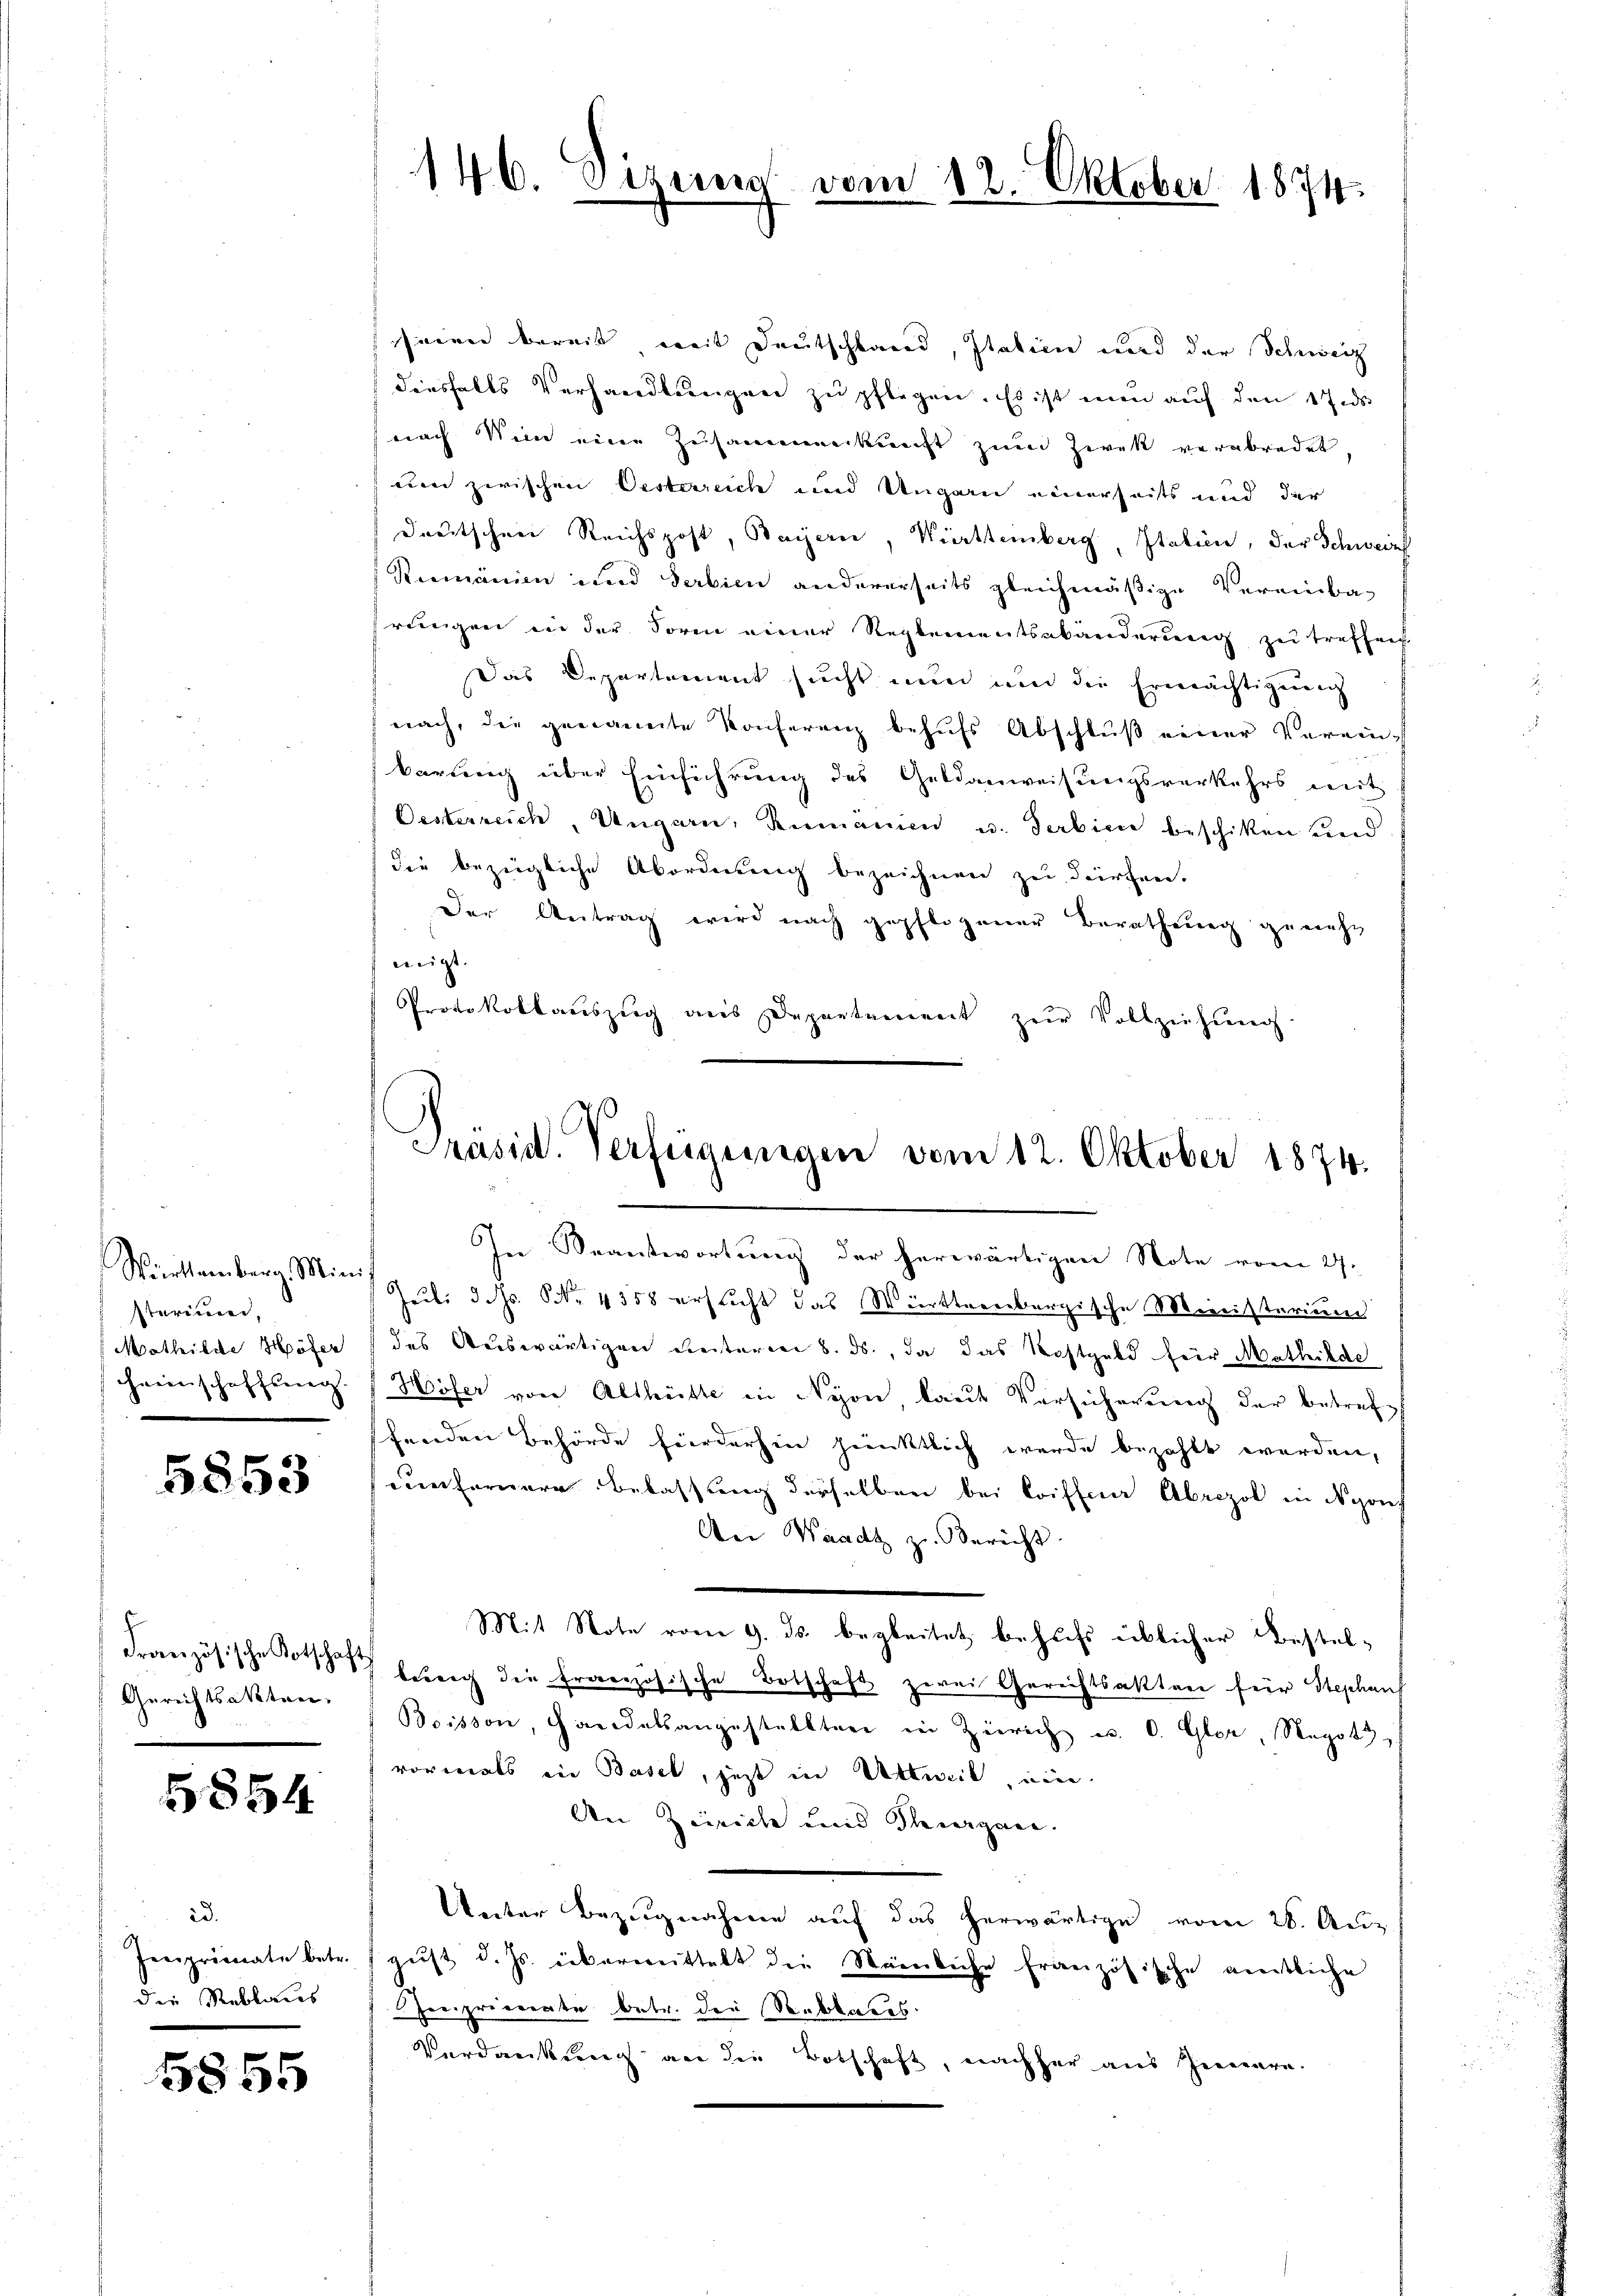
Württemberg. Min
sterium,
Mathilde Höfer
heimschaffung

5853

Französische Botschaft
Gerichtsakten.

5854

2d.
Peeprivate betr.
die Reblaus

5855

146. Vizer

vom 12. Oktober 1874.

seien bereit, weit Deutschland, Italien und der Schweiz
diesfalls Verhandlungen zu pflegen. Es ist nun auf den 1 und
nach Vin eine Zusammenkunft zum Zwek verabredet
em zwischen Oesterreich und Ungarn einerseits und der
drutschen Reichspost, Baiern, Württemberg, Italien, der Schweiz
Rumänien und Serbien andererseits gleichmäßige Vereinba-
frungen in der Sorm einer Reglementsabänderung zu treffen
Das Departement sucht nun und die Ermächtigung
nach, die genannte Konferenz behŭfs Abschlŭβ einer Verein-
barung über Einführung des Geldanweisungsverkehrs mit
Oesterreich, Ungarn, Rumanien u. darbien beschiken und
die bezügliche Abordnung bezeichnen zu dürfen.
Der Antrag wird nach gepflogener Berathung genehm
neigt.
Protokollauszug aus Departement zur Vollziehŭng

Präsid. Verfügungen vom 12. Oktober 1874.

In Beantwortung der herwärtigen Note vom 27.
Juli d. Js. No. 4358 ersucht das Württernbergische Ministerium
des Auswärtigen unterren 8. ds., da das Kostgeld für Mathilde
Höfer von Altheilte in Nyon laut Versicherung der betreff
ffenden Behörde fürderhin pünktlich wurde bezahlt werden,
cunfernere Belassung derselben bei Coiffer Abrezol in Nyonf
Der Waadt zu Bericht.
Mit Note vom 9. ds. begleitet behufs üblicher Bestelbereig die französische Botschaft zwei Gerechtsakten für Stephanf
Boisson, Handelsangestellten in Zürich u. O. Glor, Negot
vormals in Basel, jetzt in Urteil, ein
An Zürich und Thiergane.
Unter Bezugnahme auf das herwärtige vom 28. Aug
gust d. Js. übermittelt die Nämliche französische amtliche
Preprisenate betr. die Stubbares
Verdankung an die Botschaft, nachher aus Jennern.